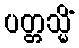
ပတ္တသ္မိံ